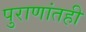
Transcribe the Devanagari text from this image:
पुराणांतही